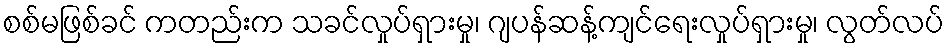
စစ်မဖြစ်ခင် ကတည်းက သခင်လှုပ်ရှားမှု၊ ဂျပန်ဆန့်ကျင်ရေးလှုပ်ရှားမှု၊ လွတ်လပ်